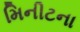
મિનીટના